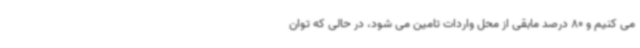
می کنیم و 80 درصد مابقی از محل واردات تامین می شود، در حالی که توان